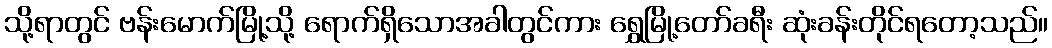
သို့ရာတွင် ဗန်းမောက်မြို့သို့ ရောက်ရှိသောအခါတွင်ကား ရွှေမြို့တော်ခရီး ဆုံးခန်းတိုင်ရတော့သည်။